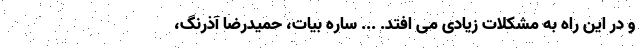
و در این راه به مشکلات زیادی می افتد. ... ساره بیات، حمیدرضا آذرنگ،